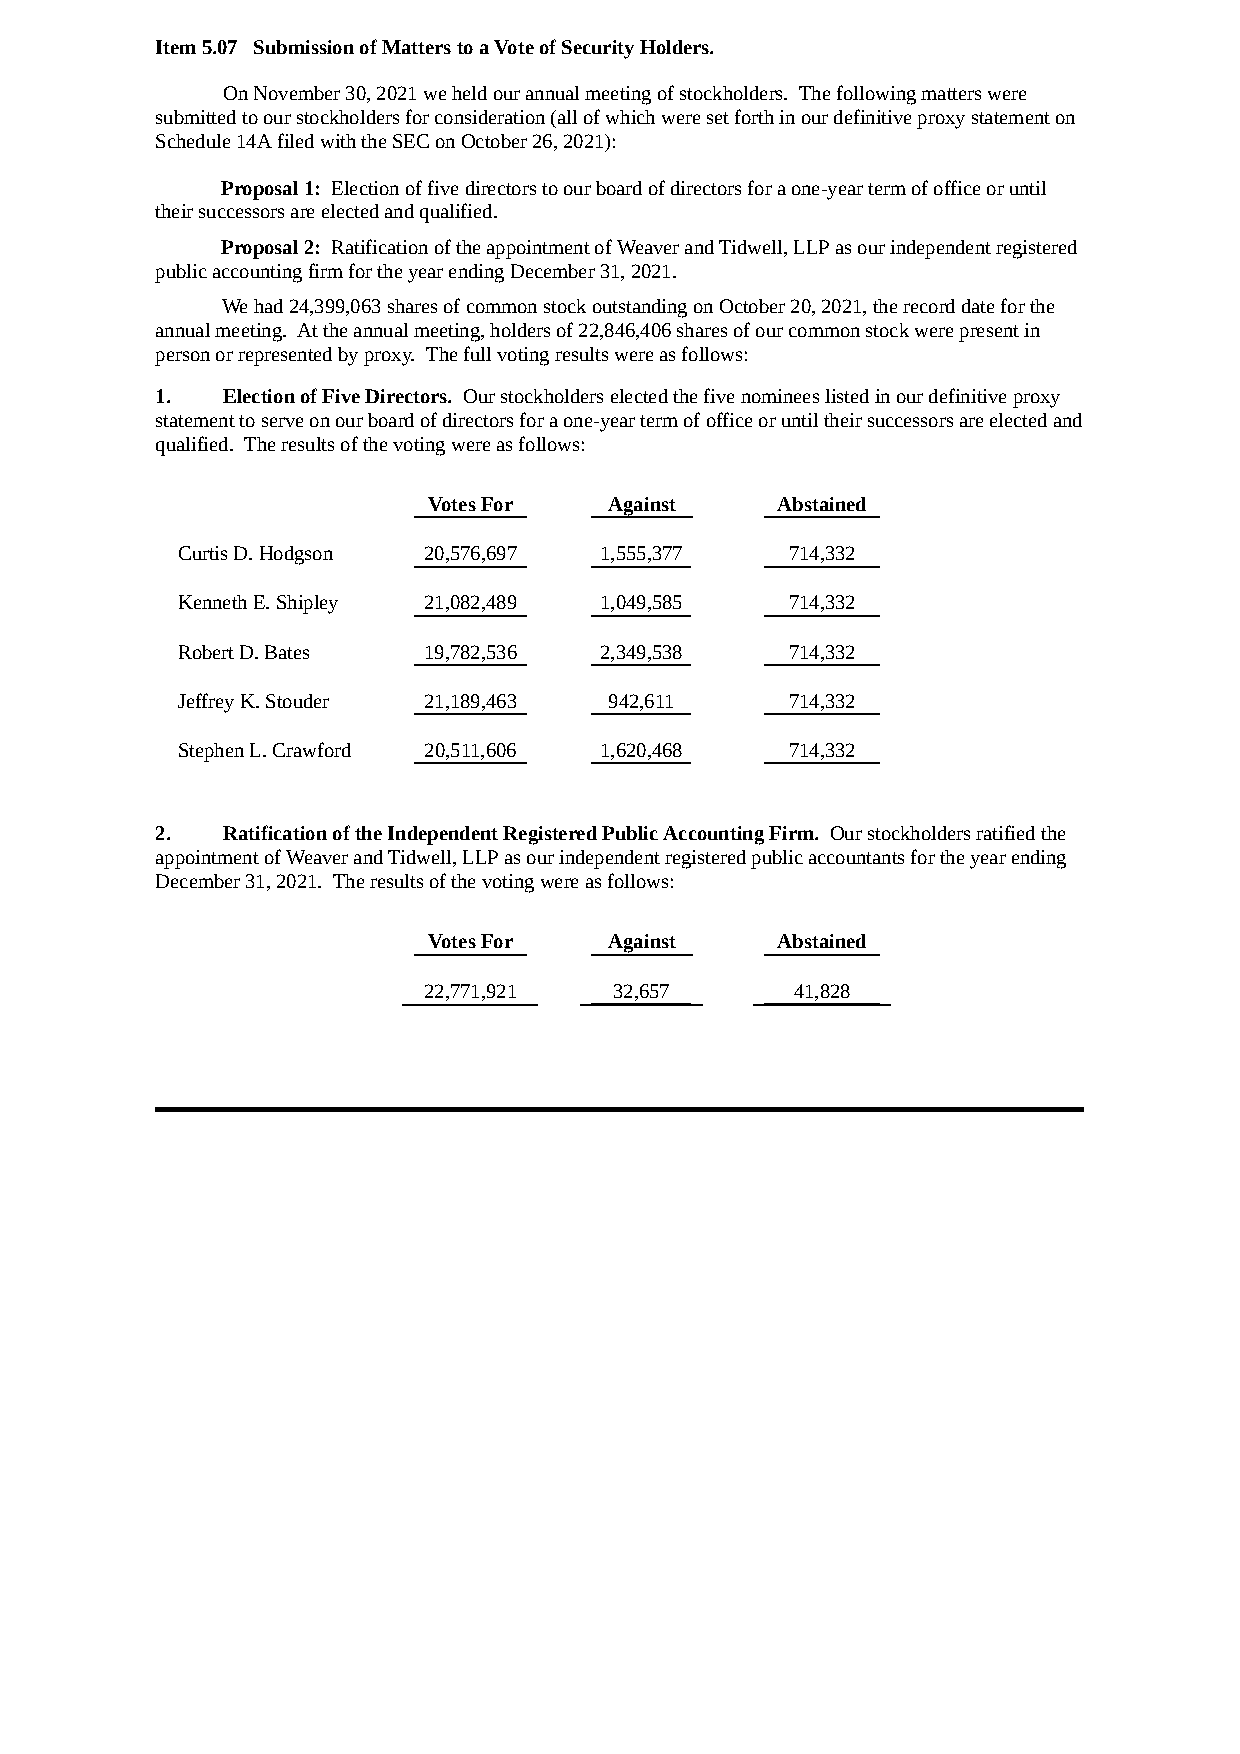
Item 5.07 Submission of Matters to a Vote of Security Holders.
 On November 30, 2021 we held our annual meeting of stockholders. The following matters were
 submitted to our stockholders for consideration (all of which were set forth in our definitive proxy statement on
 Schedule 14A filed with the SEC on October 26, 2021):
 Proposal 1: Election of five directors to our board of directors for a one-year term of office or until
 their successors are elected and qualified.
 Proposal 2: Ratification of the appointment of Weaver and Tidwell, LLP as our independent registered
 public accounting firm for the year ending December 31, 2021.
 We had 24,399,063 shares of common stock outstanding on October 20, 2021, the record date for the
 annual meeting. At the annual meeting, holders of 22,846,406 shares of our common stock were present in
 person or represented by proxy. The full voting results were as follows:
 1.   Election of Five Directors. Our stockholders elected the five nominees listed in our definitive proxy
 statement to serve on our board of directors for a one-year term of office or until their successors are elected and
 qualified. The results of the voting were as follows:
 Votes For   Against    Abstained
 Curtis D. Hodgson 20,576,697 1,555,377  714,332
 Kenneth E. Shipley 21,082,489 1,049,585 714,332
 Robert D. Bates 19,782,536  2,349,538   714,332
 Jeffrey K. Stouder 21,189,463 942,611   714,332
 Stephen L. Crawford 20,511,606 1,620,468 714,332
 2.   Ratification of the Independent Registered Public Accounting Firm. Our stockholders ratified the
 appointment of Weaver and Tidwell, LLP as our independent registered public accountants for the year ending
 December 31, 2021. The results of the voting were as follows:
 Votes For   Against    Abstained
 22,771,921   32,657      41,828